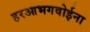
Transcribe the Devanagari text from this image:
हरआभगवोईना